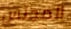
المجلس